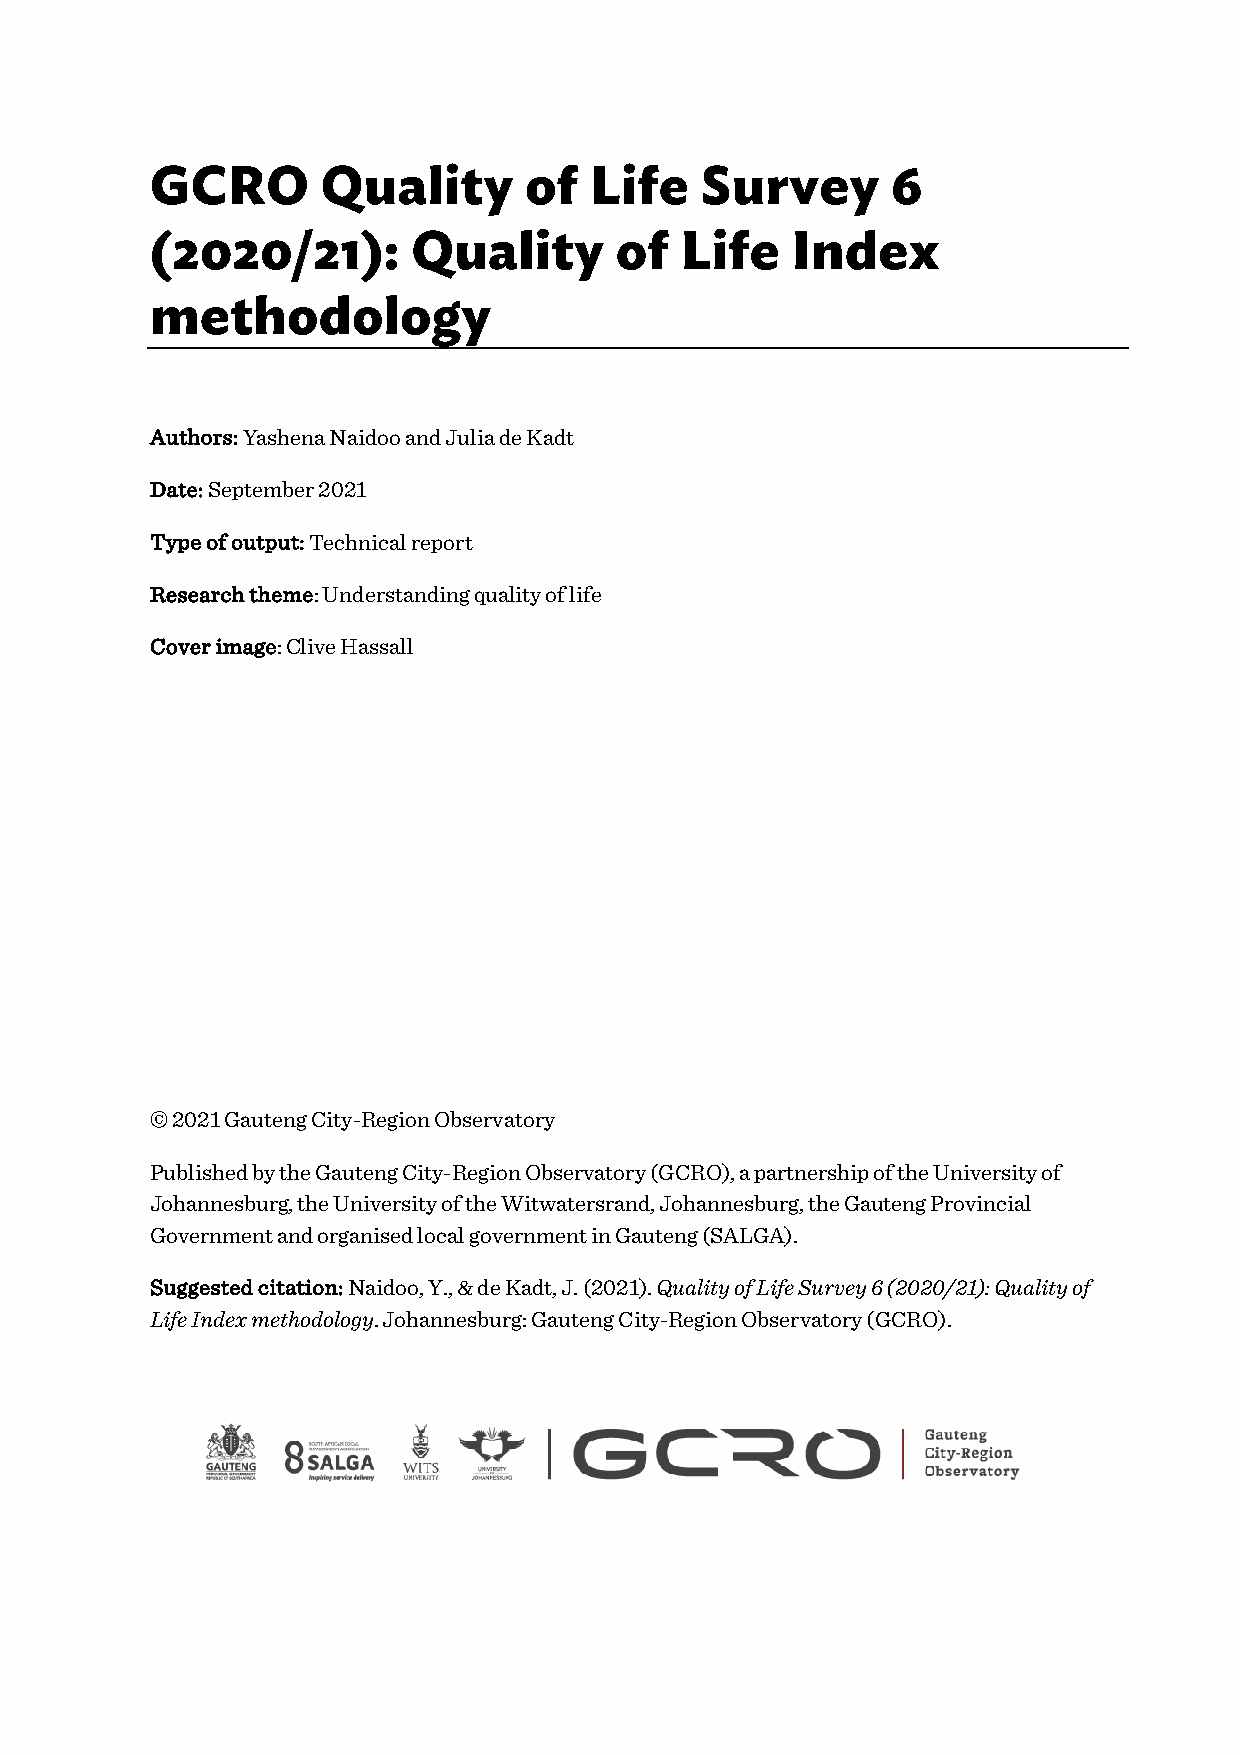
GCRO       Quality       of  Life   Survey       6
 (2020/21):       Quality       of  Life   Index
 methodology
 Authors: Yashena Naidoo and Julia de Kadt
 Date: September 2021
 Type of output: Technical report
 Research theme: Understanding quality of life
 Cover image: Clive Hassall
 © 2021 Gauteng City-Region Observatory
 Published by the Gauteng City-Region Observatory (GCRO), a partnership of the University of
 Johannesburg, the University of the Witwatersrand, Johannesburg, the Gauteng Provincial
 Government and organised local government in Gauteng (SALGA).
 Suggested citation: Naidoo, Y., & de Kadt, J. (2021). Quality of Life Survey 6 (2020/21): Quality of
 Life Index methodology. Johannesburg: Gauteng City-Region Observatory (GCRO).